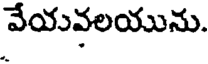
వేయవలయును.